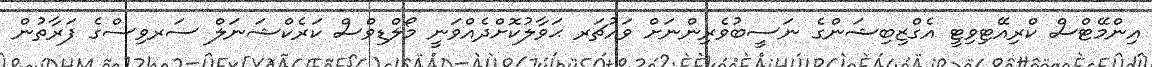
އިންމޭޓްސް ކްރިއޭޓިވިޓީ އެގްޒިބިޝަންގެ ނަސީބުވެރިންނަށް ވައުޗަރ ޙަވާލުކޮށްދެއްވަނީ މޯލްޑިވްސް ކަރެކްޝަނަލް ސަރވިސްގެ ފަރާތުން